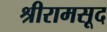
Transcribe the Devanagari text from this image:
श्रीरामसूद